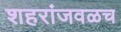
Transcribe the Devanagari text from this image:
शहरांजवळच